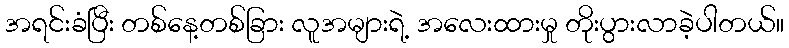
အရင်းခံပြီး တစ်နေ့တစ်ခြား လူအများရဲ့ အလေးထားမှု တိုးပွားလာခဲ့ပါတယ်။